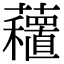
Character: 𧄗